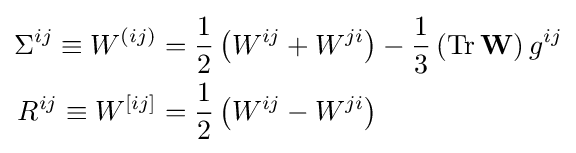
{\begin{aligned}\Sigma ^{ij}\equiv W^{(ij)}&={\frac {1}{2}}\left(W^{ij}+W^{ji}\right)-{\frac {1}{3}}\left(\mathrm {Tr} \,\mathbf {W} \right)g^{ij}\\R^{ij}\equiv W^{[ij]}&={\frac {1}{2}}\left(W^{ij}-W^{ji}\right)\end{aligned}}